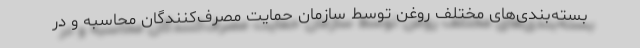
بسته‌بندی‌های مختلف روغن توسط سازمان حمایت مصرف‌کنندگان محاسبه و در